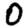
Digit: 0